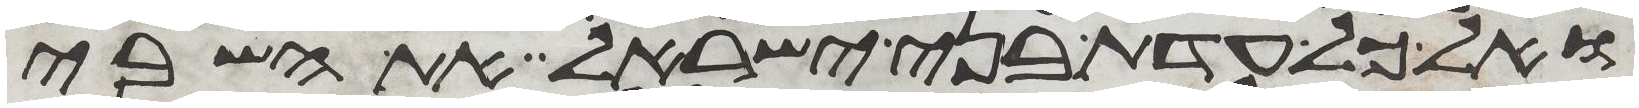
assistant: ואל כל עדת בני ישראל את השבי